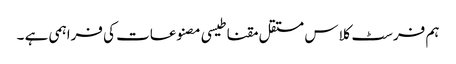
ہم فرسٹ کلاس مستقل مقناطیسی مصنوعات کی فراہمی ہے ۔